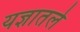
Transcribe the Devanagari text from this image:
यज्ञातले